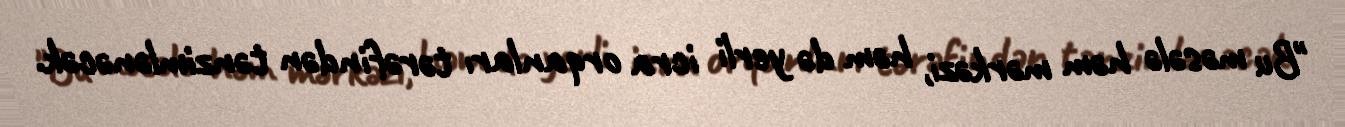
"Bu məsələ həm mərkəzi, həm də yerli icra orqanları tərəfindən tənzimlənəcək.